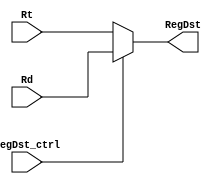
module RegMUX(
    // Outputs
    output [4:0] RegDst,
    // Inputs
    input [4:0] Rt,
    input [4:0] Rd,
    input RegDst_ctrl
);

    assign RegDst = (RegDst_ctrl) ? Rd : Rt;

endmodule